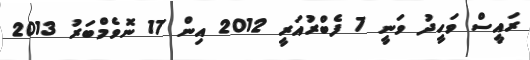
ރައީސް ވަހީދު ވަނީ 7 ފެބްރުއަރީ 2012 އިން 17 ނޮވެމްބަރު 2013